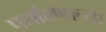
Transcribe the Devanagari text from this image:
पर्यावणाच्या